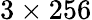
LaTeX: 3\times 256